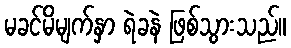
မခင်မိမျက်နှာ ရဲခနဲ ဖြစ်သွားသည်။